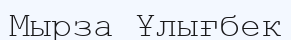
Мырза Ұлығбек